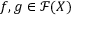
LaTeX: f , g \in { \mathcal { F } } ( X )